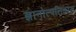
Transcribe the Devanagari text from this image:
ज्ञानोत्पत्तिकाल